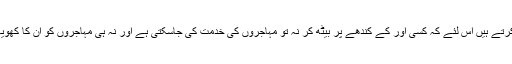
مہاجر عوام انہیں مسترد کرتے ہیں اس لئے کہ کسی اور کے کندھے پر بیٹھ کر نہ تو مہاجروں کی خدمت کی جاسکتی ہے اور نہ ہی مہاجروں کو ان کا کھویا ہوا مقام دلایا جاسکتاہے۔